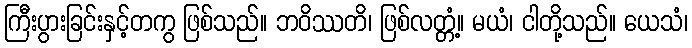
ကြီးပွားခြင်းနှင့်တကွ ဖြစ်သည်။ ဘဝိဿတိ၊ ဖြစ်လတ္တံ့။ မယံ၊ ငါတို့သည်။ ယေသံ၊